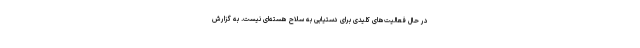
در حال فعالیت‌های کلیدی برای دستیابی به سلاح هسته‌ای نیست. به گزارش